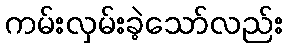
ကမ်းလှမ်းခဲ့သော်လည်း